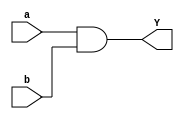
module and_gate(a,b,Y);
input a,b;
output Y;
assign Y=a&b;
endmodule